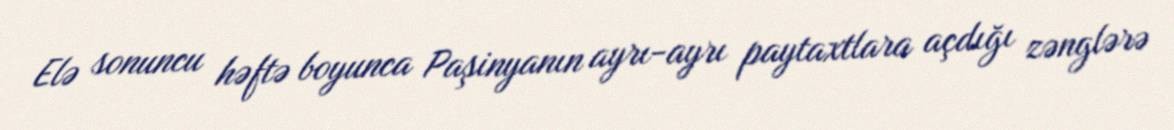
Elə sonuncu həftə boyunca Paşinyanın ayrı-ayrı paytaxtlara açdığı zənglərə